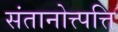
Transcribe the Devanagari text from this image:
संतानोत्त्पत्ति